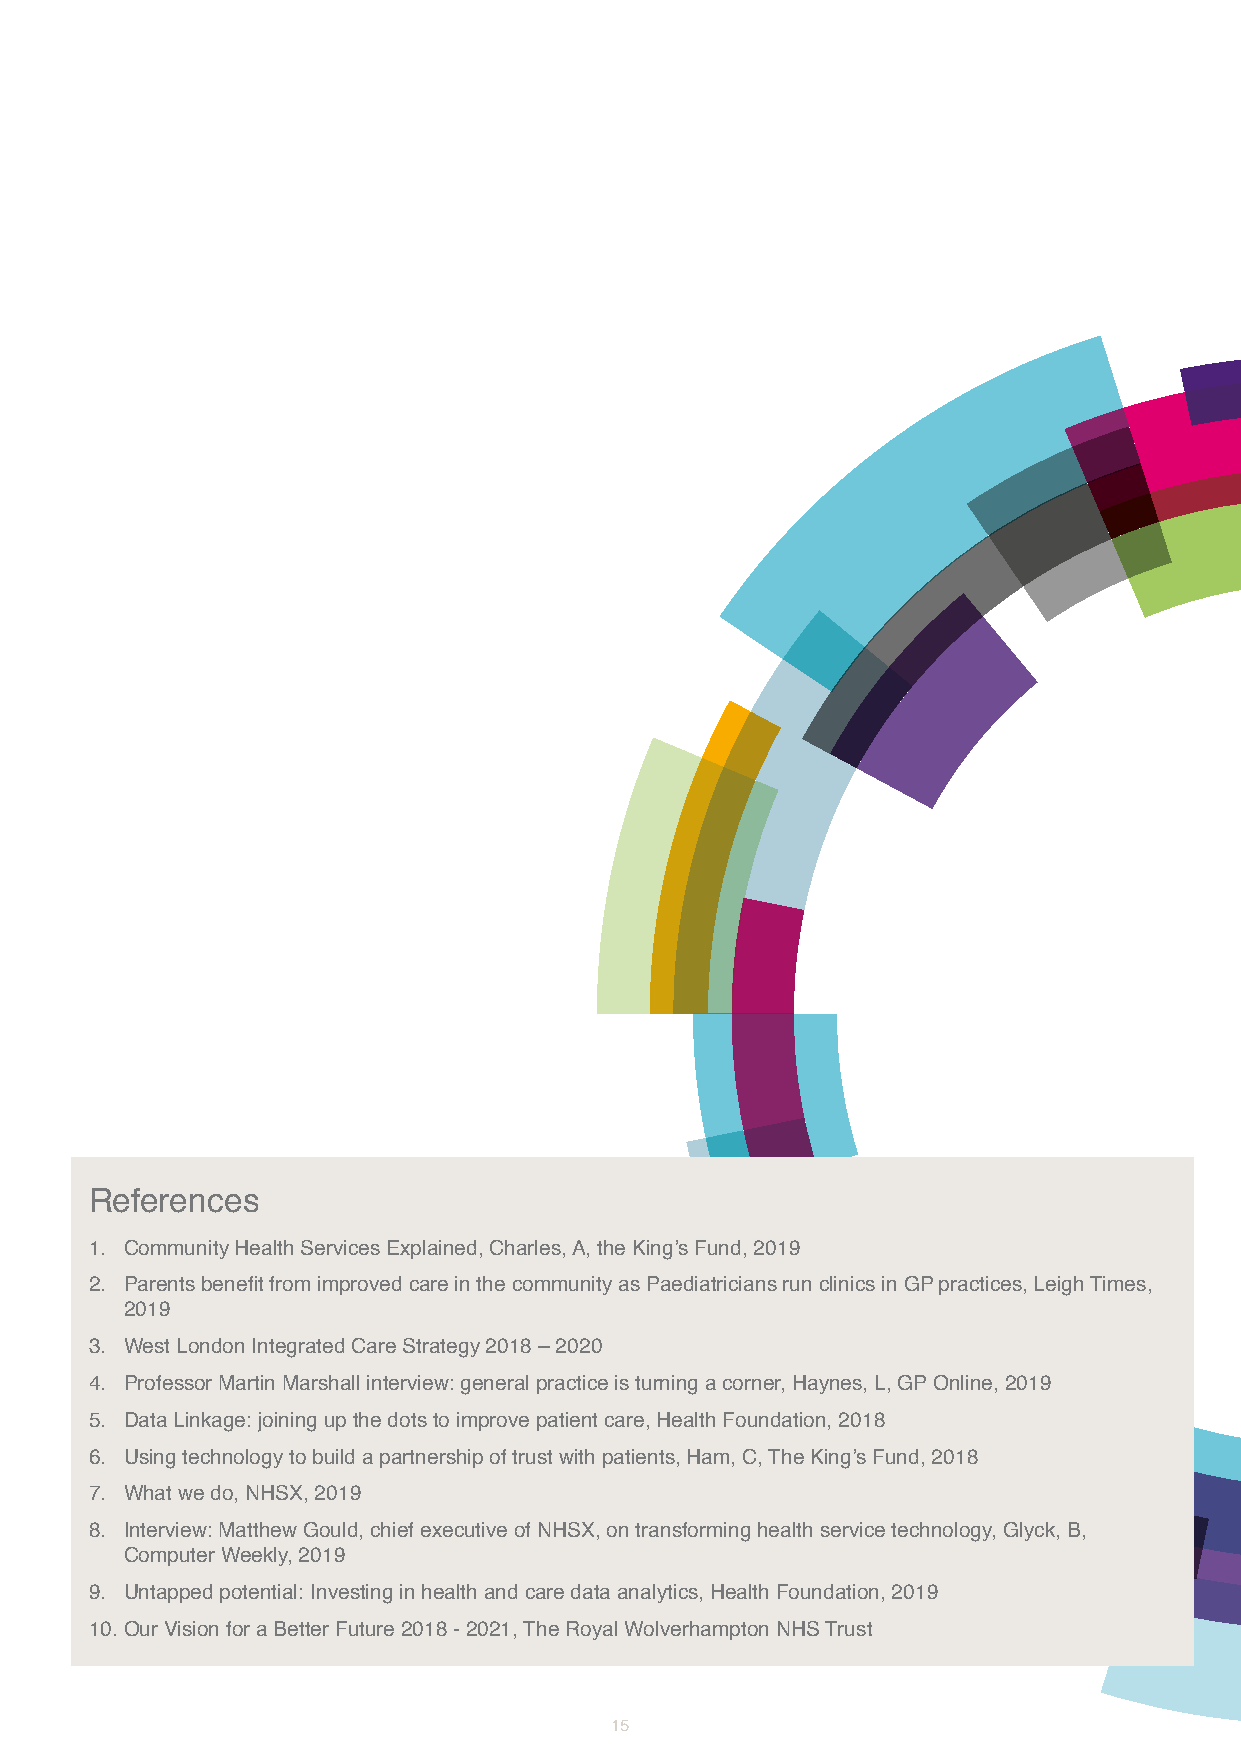
References
 1. Community Health Services Explained, Charles, A, the King’s Fund, 2019
 2. Parents benefit from improved care in the community as Paediatricians run clinics in GP practices, Leigh Times,
 2019
 3. West London Integrated Care Strategy 2018 – 2020
 4. Professor Martin Marshall interview: general practice is turning a corner, Haynes, L, GP Online, 2019
 5. Data Linkage: joining up the dots to improve patient care, Health Foundation, 2018
 6. Using technology to build a partnership of trust with patients, Ham, C, The King’s Fund, 2018
 7. What we do, NHSX, 2019
 8. Interview: Matthew Gould, chief executive of NHSX, on transforming health service technology, Glyck, B,
 Computer Weekly, 2019
 9. Untapped potential: Investing in health and care data analytics, Health Foundation, 2019
 10. Our Vision for a Better Future 2018 - 2021, The Royal Wolverhampton NHS Trust
 15